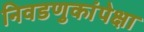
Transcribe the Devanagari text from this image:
निवडणुकांपेक्षा